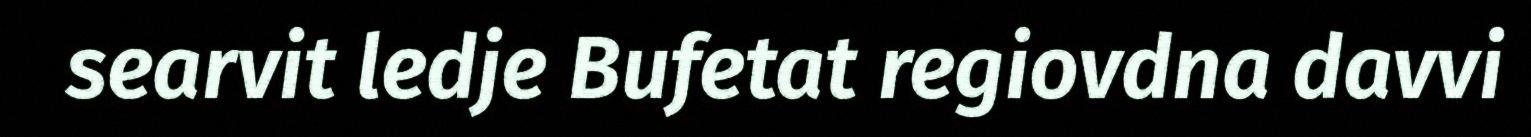
searvit ledje Bufetat regiovdna davvi